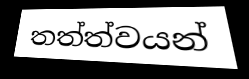
තත්ත්වයන්